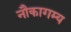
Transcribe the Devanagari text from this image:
नौकागम्य